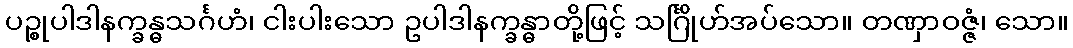
ပဉ္စုပါဒါနက္ခန္ဓသင်္ဂဟံ၊ ငါးပါးသော ဥပါဒါနက္ခန္ဓာတို့ဖြင့် သင်္ဂြိုဟ်အပ်သော။ တဏှာဝဇ္ဇံ၊ သော။